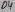
Text: D4